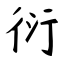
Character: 衍